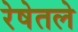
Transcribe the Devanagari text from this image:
रेषेतले